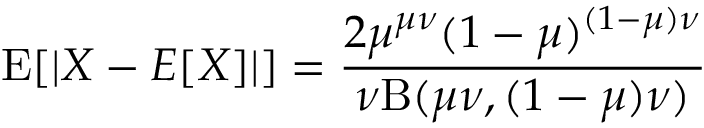
\operatorname { E } [ | X - E [ X ] | ] = { \frac { 2 \mu ^ { \mu \nu } ( 1 - \mu ) ^ { ( 1 - \mu ) \nu } } { \nu \mathrm { B } ( \mu \nu , ( 1 - \mu ) \nu ) } }